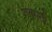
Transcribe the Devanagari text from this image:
गनपती